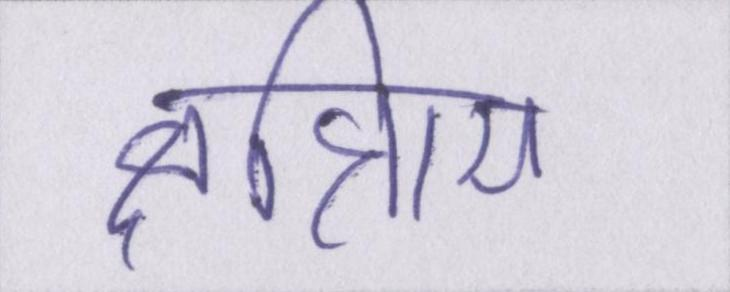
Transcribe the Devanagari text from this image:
क्षत्रिाय